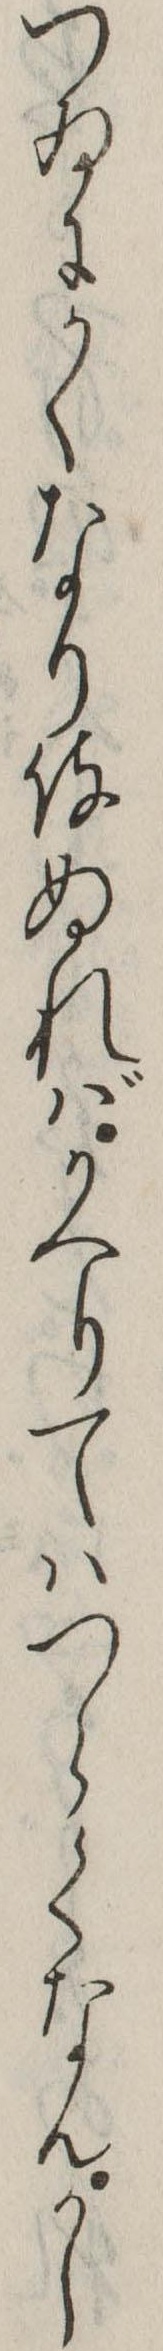
つゐにかくなり侍ぬればかへりてはつらくなんかし